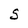
Character: S